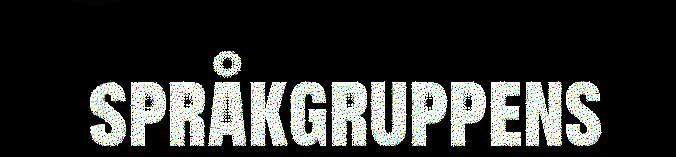
språkgruppens